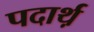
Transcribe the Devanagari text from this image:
पदार्थ़